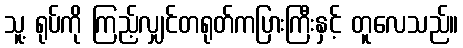
သူ့ ရုပ်ကို ကြည့်လျှင်တရုတ်ကပြားကြီးနှင့် တူလေသည်။